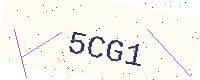
Text: 5CG1